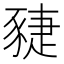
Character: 䝊